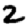
Digit: 2